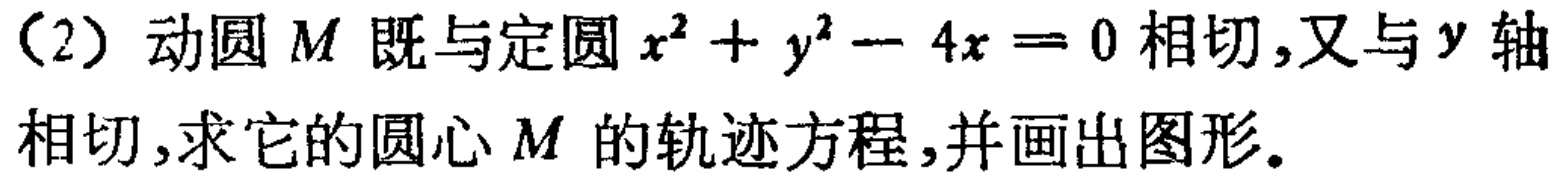
（2）动圆\(M\)既与定圆\(x^{2}+y^{2}-4x = 0\)相切，又与\(y\)轴相切，求它的圆心\(M\)的轨迹方程，并画出图形。